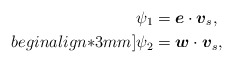
\begin{align*}\psi_{1}&=\mbox{\mathversion{bold}$e$}\cdot \mbox{\mathversion{bold}$v$}_{s}, \\begin{align*}3mm]\psi_{2}&=\mbox{\mathversion{bold}$w$}\cdot \mbox{\mathversion{bold}$v$}_{s},\end{align*}